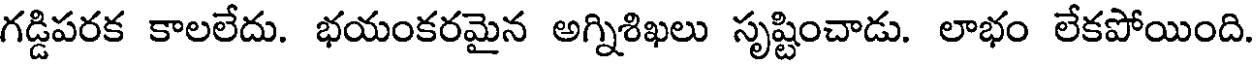
గడ్డిపరక కాలలేదు. భయంకరమైన అగ్నిశిఖలు సృష్టించాడు. లాభం లేకపోయింది